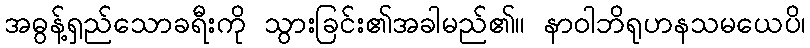
အဓွန့်ရှည်သောခရီးကို သွားခြင်း၏အခါမည်၏။ နာဝါဘိရုဟနသမယေပိ၊